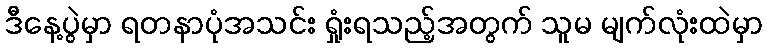
ဒီနေ့ပွဲမှာ ရတနာပုံအသင်း ရှုံးရသည့်အတွက် သူမ မျက်လုံးထဲမှာ